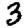
Digit: 3